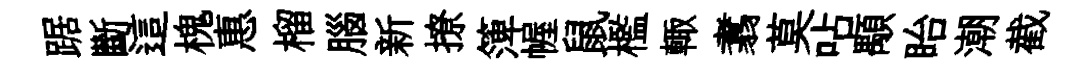
踞斷這槐惠榴腦新撩𥱼幄鼠檻輙翥莫呫顒眙潮截